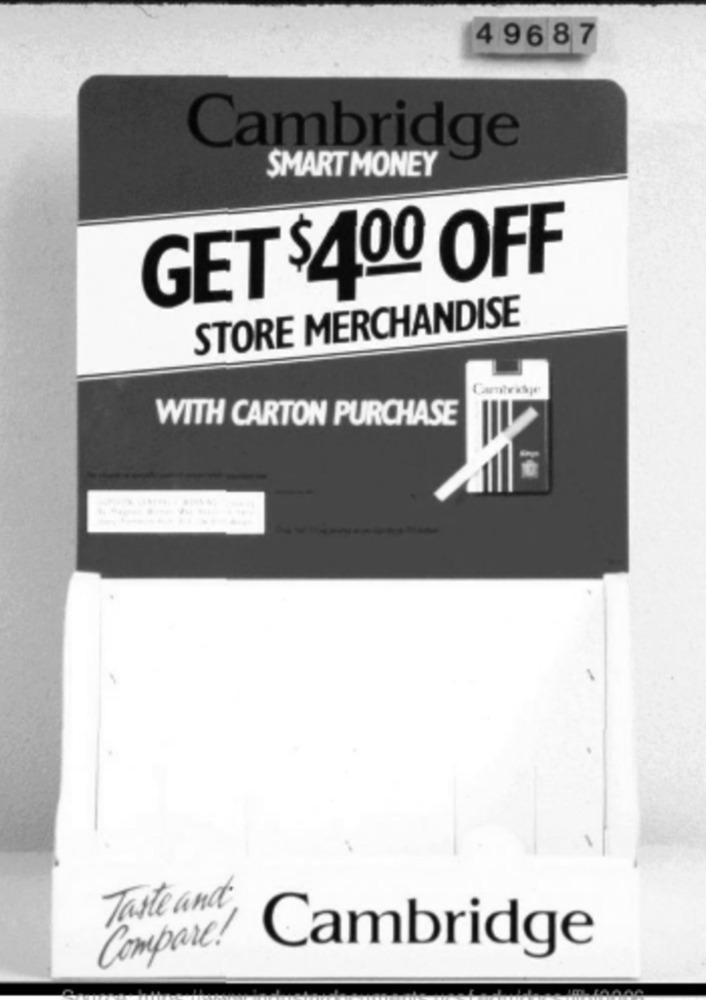
4 9687
Cambridge
SMART MONEY
GET $400 OFF
STORE MERCHANDISE
Canerisje
WITH CARTON PURCHASE
Taste and
Compare!
Cambridge